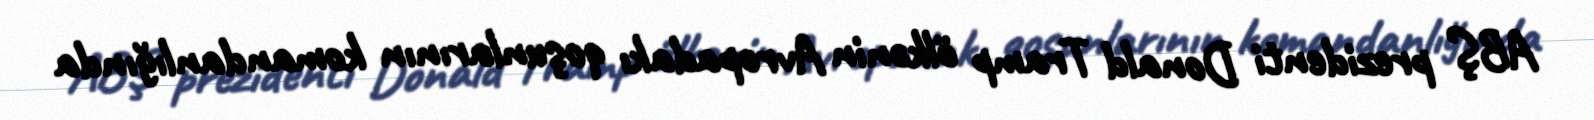
ABŞ prezidenti Donald Tramp ölkənin Avropadakı qoşunlarının komandanlığında